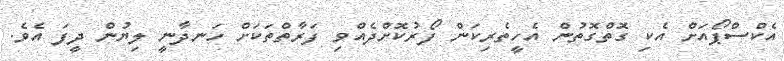
އެކްސްޕޯއަށް އެކި ގޮތްގޮތުން އެހީތެރިކަން ފޯރުކޮށްެދެއްވި ފަރާތްތަކަށް ހަނދާނީ ލިޔުން ދީފަ އެވެ.